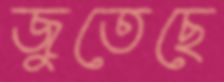
জুতেছে